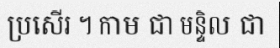
ប្រសើរ ។ កាម ជា មន្ទិល ជា